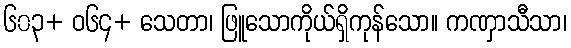
၆၀၃+ ဝ၆၄+ သေတာ၊ ဖြူသောကိုယ်ရှိကုန်သော။ ကဏှာသီသာ၊